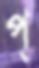
প্